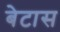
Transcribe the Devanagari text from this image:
बेटास